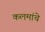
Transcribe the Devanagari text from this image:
कलमांचे